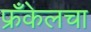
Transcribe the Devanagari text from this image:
फ्रँकेलचा